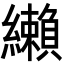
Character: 𦇛